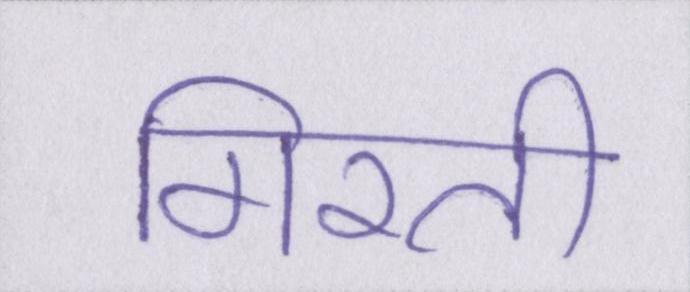
गिरती